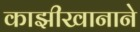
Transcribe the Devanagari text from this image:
काझीखानाने